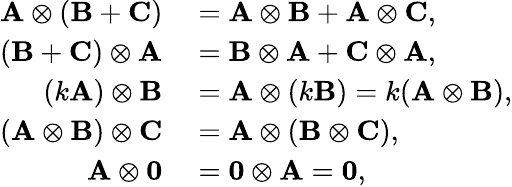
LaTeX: \begin{array}{rl}{\mathbf{A}\otimes(\mathbf{B}+\mathbf{C})}&{{}=\mathbf{A}\otimes\mathbf{B}+\mathbf{A}\otimes\mathbf{C},}\\ {(\mathbf{B}+\mathbf{C})\otimes\mathbf{A}}&{{}=\mathbf{B}\otimes\mathbf{A}+\mathbf{C}\otimes\mathbf{A},}\\ {(k\mathbf{A})\otimes\mathbf{B}}&{{}=\mathbf{A}\otimes(k\mathbf{B})=k(\mathbf{A}\otimes\mathbf{B}),}\\ {(\mathbf{A}\otimes\mathbf{B})\otimes\mathbf{C}}&{{}=\mathbf{A}\otimes(\mathbf{B}\otimes\mathbf{C}),}\\ {\mathbf{A}\otimes\mathbf{0}}&{{}=\mathbf{0}\otimes\mathbf{A}=\mathbf{0},}\end{array}